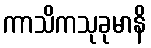
ကာသိကသုခုမာနိ